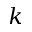
k